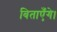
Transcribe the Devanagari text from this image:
बिताएँगे।